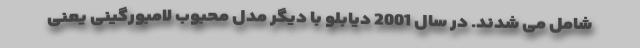
شامل می شدند. در سال 2001 دیابلو با دیگر مدل محبوب لامبورگینی یعنی